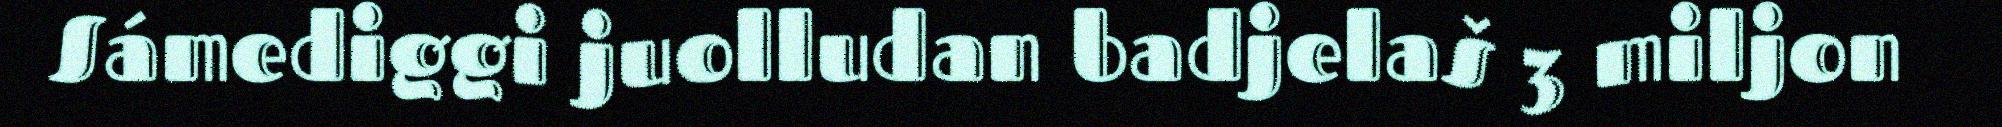
Sámediggi juolludan badjelaš 3 miljon